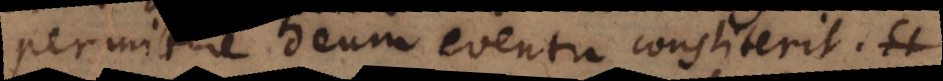
permittere Deum eventu constiterit.